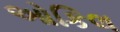
ઓકિલ